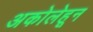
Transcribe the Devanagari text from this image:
अकोलेहून